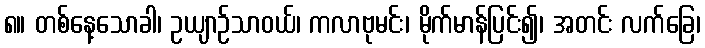
၈။ တစ်နေ့သောခါ၊ ဥယျာဉ်သာဝယ်၊ ကလာဗုမင်း၊ မိုက်မာန်ပြင်း၍၊ အတင်း လက်ခြေ၊